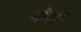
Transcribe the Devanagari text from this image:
माैजुद